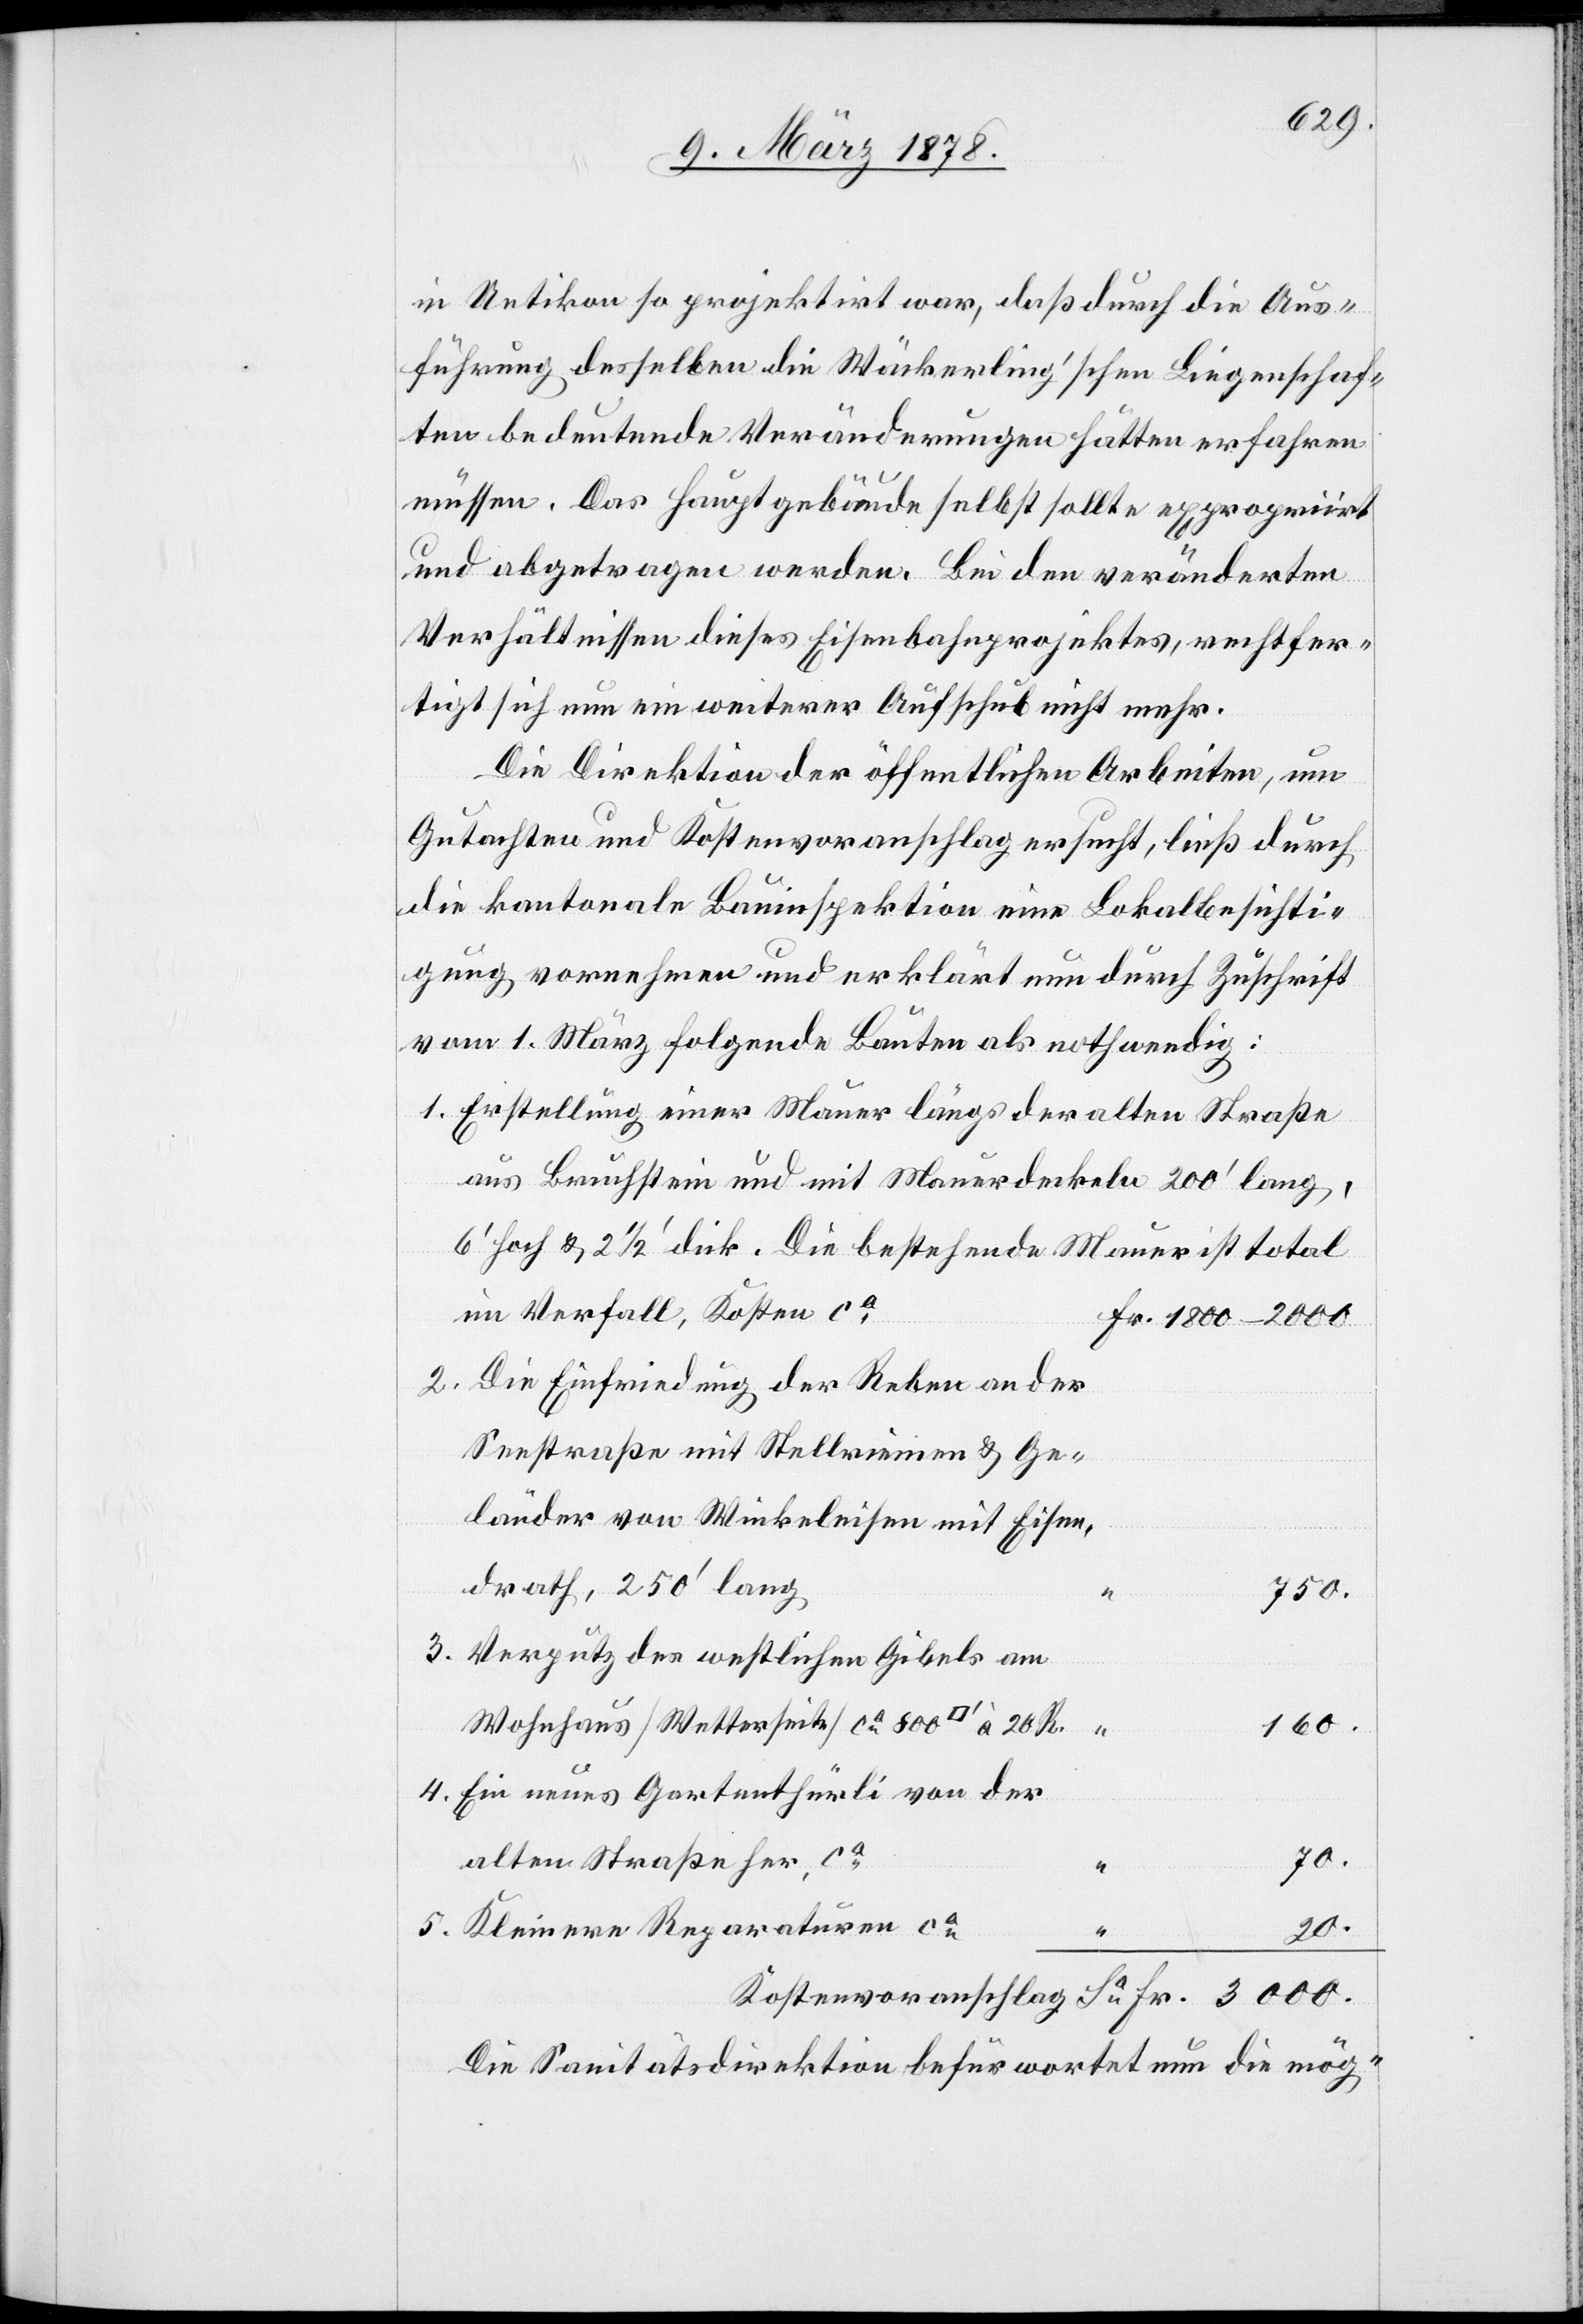
in Uetikon so projektirt war, daß durch die Aus¬
führung desselben die Wäckerling’schen Liegenschaf¬
ten bedeutende Veränderungen hätten erfahren
müssen. Das Hauptgebäude selbst sollte expropririrt
und abgetragen werden. Bei den veränderten
Verhältnissen dieses Eisenbahnprojektes, rechtfer¬
tigt sich nun ein weiterer Aufschub nicht mehr.
Die Direktion der öffentlichen Arbeiten, um
Gutachten und Kostenvoranschlag ersucht, ließ durch,
die kantonale Basuinspektion eine Lokalbesichti¬
gung vornehmen und erklärt nun durch Zuschrift
vom 1. März folgende Bauten als nothwendig:
1. Erstellung einer Mauer längs der alten Straße
aus Bruchstein und mit Mauerdeckeln 200’ lang,
6’ hoch & 2 1/2’ dick. Die bestehende Mauer ist total
im Verfall, Kosten
2. Die Einfriedung der Reben an der
Seestraße mit Stellriemen & Ge¬
länder von Winkeleisen mit Eisen,
Drath, 250’ lang
3000.
3. Verputz des westlichen Gibels am
Wohnhaus (Wetterseite) ca 800
160.
4. Ein neues Gartenthürli von der
70.
alten Straße her, ca
5. Kleinere Reparaturen ca
20.
Die Sanitätsdirektion befürwortet nun die mög-